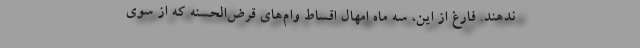
ندهند. فارغ از این، سه ماه امهال اقساط وام‌های قرض‌الحسنه که از سوی